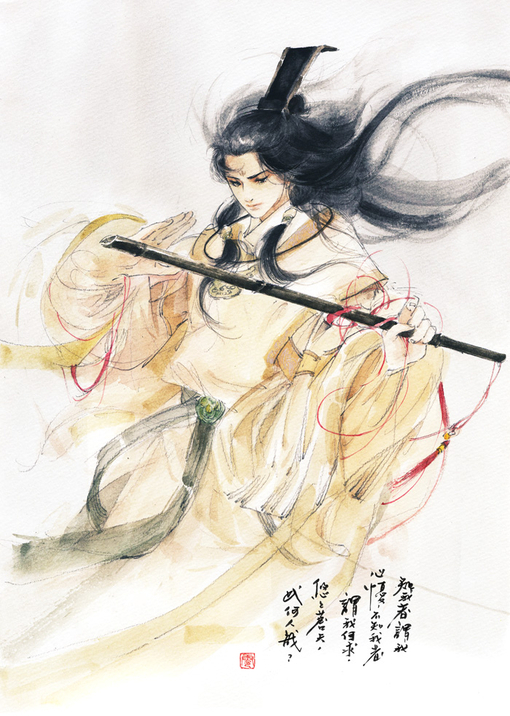
沅有芷兮澧有兰，思公子兮未敢言。